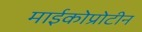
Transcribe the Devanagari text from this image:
माईकोप्रोटीन